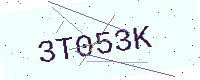
Text: 3T053K